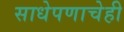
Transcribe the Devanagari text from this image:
साधेपणाचेही